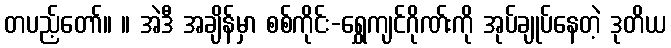
တပည့်တော်။ ။ အဲဒီ အချိန်မှာ စစ်ကိုင်း-ရွှေကျင်ဂိုဏ်းကို အုပ်ချုပ်နေတဲ့ ဒုတိယ